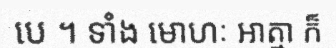
បេ ។ ទាំង មោហៈ អាត្មា ក៏